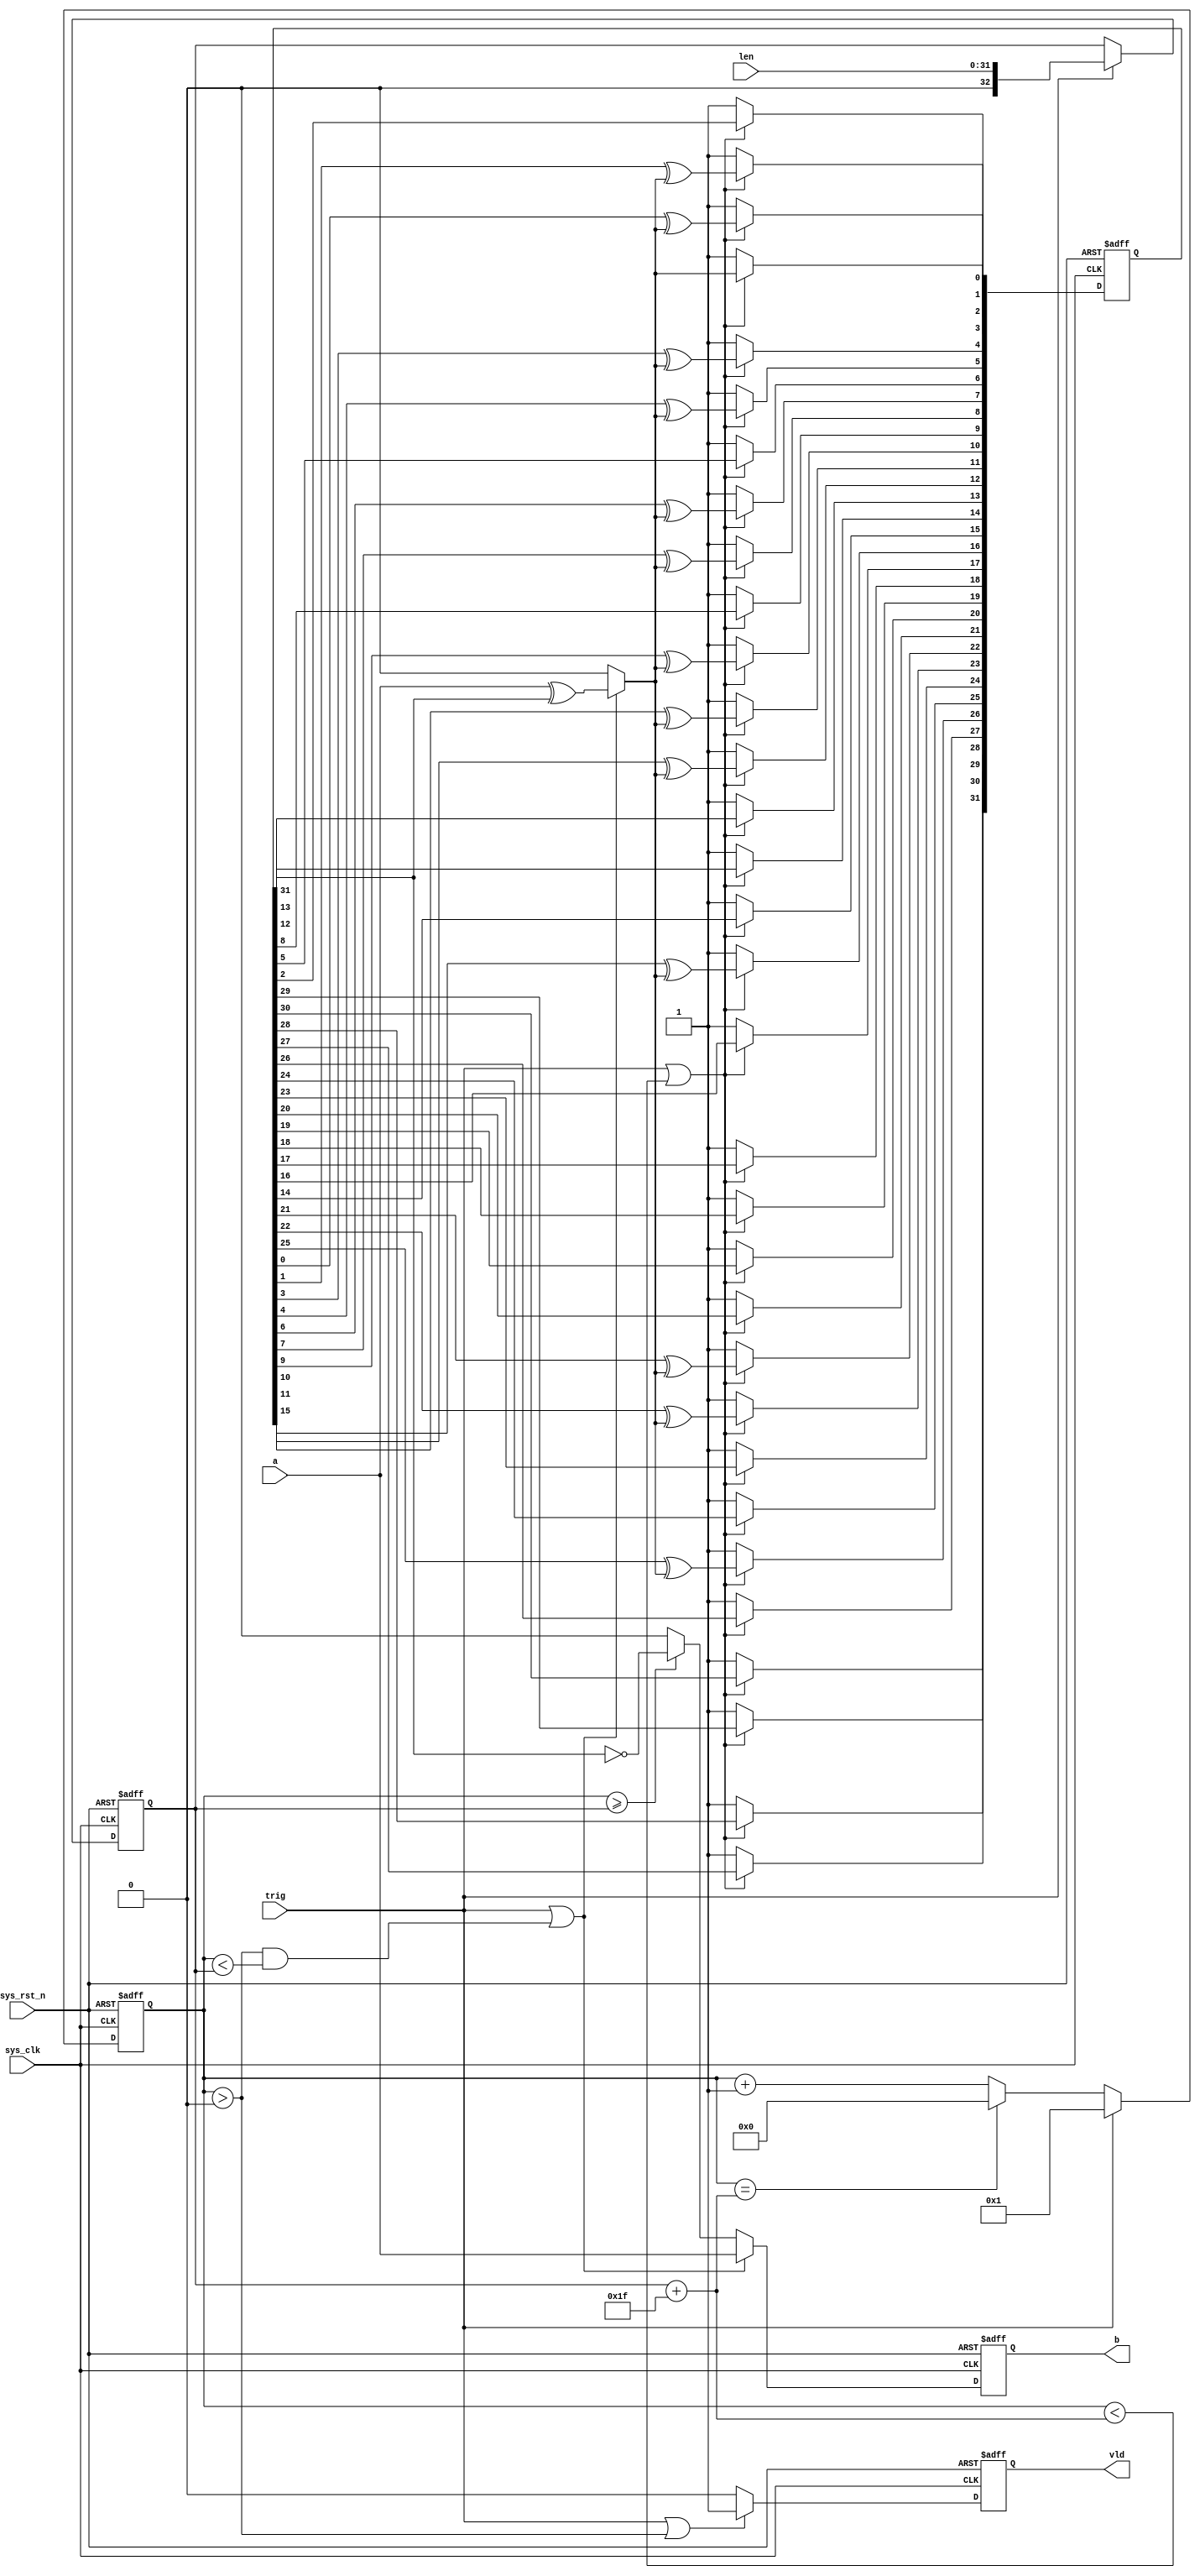
//! {signal: [
//!      ['input',
//!       {name: 'sys_clk', 			wave: 'p......................'},
//!       {name: 'sys_rst_n', 			wave: '01.....................'},
//!       {name: 'len[31:0]', 			wave: 'x..4x..................'},
//!       {name: 'trig', 				wave: '0..10..................'},
//!       {name: 'a',					wave: 'x..4444444|44x.........', data: 'a0 a1 a2 a3 a4 a5 a6 len-2 len-1'},
//!      ],
//!       {name: 'cnt_max[32:0]',		wave: 'x...5................x.', data: 'l+32'},
//!       {name: 'cnt[32:0]',			wave: 'x.5.555555|4444444|444.', data: '0 1 2 3 4 5 6 l-2 l-1 l l+1 l+2 l+3 l+4 l+30 l+31 0'},
//!       {name: 'fb',					wave: 'x5.5.........5.........', data: '0 a^a_r31 0'},
//!       {name: 'a_r[31:0]',			wave: '5...5.........5......5.', data: '0xffffffff plus shift 0xffffffff'},
//!      ['output',
//!       {name: 'b',					wave: 'x...8.........8888|888x', data: 'data C31 C30 C29 C28 C2 C1 C0'},
//!       {name: 'vld',					wave: '0...1.................0'},
//!      ]
//! ]}
module Top(
    input                                   sys_clk         ,
    input                                   sys_rst_n       ,
    input                   [31:0]          len             ,   //! length of data
    input                                   trig            ,
    input                                   a               ,   //! valid data
    output      reg                         b               ,   //! data include CRC
    output      reg                         vld
);

reg         [32:0]      len_r       ;
reg         [32:0]      cnt         ;
reg         [31:0]      a_r         ;
reg                     fb          ;

// cnt
always@(posedge sys_clk or negedge sys_rst_n) begin
    if(~sys_rst_n) begin
        cnt <=  33'b0; 
    end
    else if(trig) begin
        cnt <=  33'd1;
    end
    else if(cnt == (len_r + 33'd31)) begin
        cnt <=  33'd0;
    end
    else begin
        cnt <=  cnt + 1; 
    end
end

// len_r
always@(posedge sys_clk or negedge sys_rst_n) begin
    if(~sys_rst_n) begin
        len_r <=  33'b0; 
    end
    else if(trig) begin
        len_r <=  len;
    end
    else begin
        len_r <=  len_r; 
    end
end

// fb
always@(*) begin
    if(trig || (cnt > 33'd0 && cnt < len_r)) begin
        fb  =   a ^ a_r[31]; 
    end
    else begin
        fb  =   0;
    end
end

// a_r
always@(posedge sys_clk or negedge sys_rst_n) begin
    if(~sys_rst_n) begin
        a_r <=  32'hffff_ffff; 
    end
    else if(trig || cnt < (len_r + 33'd31)) begin
        a_r[0]  <=  fb          ;
        a_r[1]  <=  a_r[0] ^ fb ;
        a_r[2]  <=  a_r[1] ^ fb ;
        a_r[3]  <=  a_r[2]      ;
        a_r[4]  <=  a_r[3] ^ fb ;
        a_r[5]  <=  a_r[4] ^ fb ;
        a_r[6]  <=  a_r[5]      ;
        a_r[7]  <=  a_r[6] ^ fb ;
        a_r[8]  <=  a_r[7] ^ fb ;
        a_r[9]  <=  a_r[8]      ;
        a_r[10] <=  a_r[9] ^ fb ;
        a_r[11] <=  a_r[10] ^ fb;
        a_r[12] <=  a_r[11] ^ fb;
        a_r[13] <=  a_r[12]     ;
        a_r[14] <=  a_r[13]     ;
        a_r[15] <=  a_r[14]     ;
        a_r[16] <=  a_r[15] ^ fb;
        a_r[17] <=  a_r[16]     ;
        a_r[18] <=  a_r[17]     ;
        a_r[19] <=  a_r[18]     ;
        a_r[20] <=  a_r[19]     ;
        a_r[21] <=  a_r[20]     ;
        a_r[22] <=  a_r[21] ^ fb;
        a_r[23] <=  a_r[22] ^ fb;
        a_r[24] <=  a_r[23]     ;
        a_r[25] <=  a_r[24]     ;
        a_r[26] <=  a_r[25] ^ fb;
        a_r[27] <=  a_r[26]     ;
        a_r[28] <=  a_r[27]     ;
        a_r[29] <=  a_r[28]     ;
        a_r[30] <=  a_r[29]     ;
        a_r[31] <=  a_r[30]     ;
    end
    else begin
        a_r <=  32'hffff_ffff; 
    end
end

// vld
always@(posedge sys_clk or negedge sys_rst_n) begin
    if(~sys_rst_n) begin
        vld <=  1'b0; 
    end
    else if(trig || cnt > 33'd0) begin
        vld <=  1'b1;
    end
    else begin
        vld <=  1'b0; 
    end
end

// output b
always@(posedge sys_clk or negedge sys_rst_n) begin
    if(~sys_rst_n) begin
        b   <=  1'b0; 
    end
    else if(trig || (cnt > 33'd0 && cnt < len_r)) begin
        b   <=  a;
    end
    else if(cnt >= len_r) begin
        b   <=  ~a_r[31];
    end
    else begin
        b   <=  1'b0; 
    end
end

endmodule